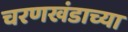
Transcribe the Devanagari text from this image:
चरणखंडाच्या